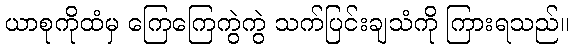
ယာစုကိုထံမှ ကြေကြေကွဲကွဲ သက်ပြင်းချသံကို ကြားရသည်။